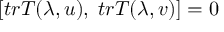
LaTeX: \left[ t r T ( \lambda , u ) , \; t r T ( \lambda , v ) \right] = 0